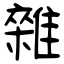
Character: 雜